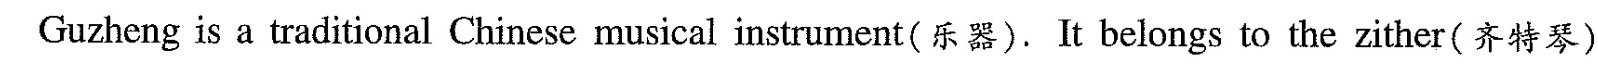
Guzheng is a traditional Chinese musical instrument(乐器).It belongs to the zither(齐特琴)